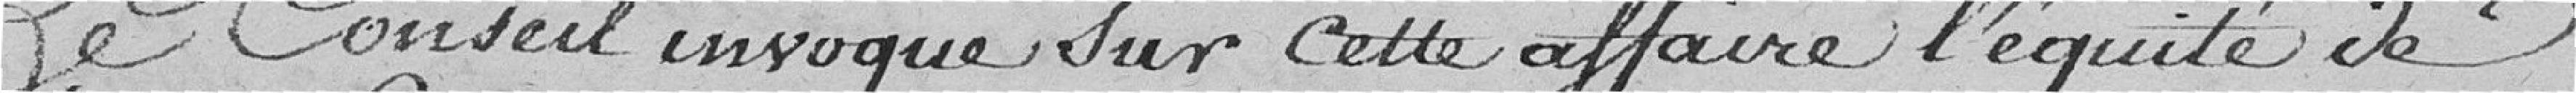
Le Conseil invoque sur cette affaire l'équité de